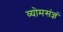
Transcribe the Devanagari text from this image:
व्योमसंज्ञं